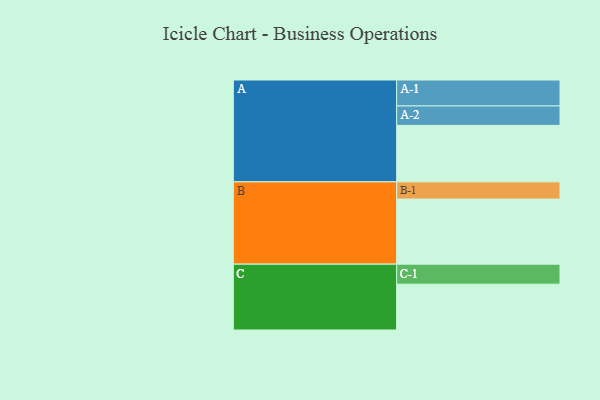
{"axis": {"x": "Segment", "y": "Value"}, "legend": ["", "A", "B", "C"], "data": [{"x": "A", "y": 381, "type": ""}, {"x": "B", "y": 439, "type": ""}, {"x": "C", "y": 309, "type": ""}, {"x": "A-1", "y": 175, "type": "A"}, {"x": "A-2", "y": 131, "type": "A"}, {"x": "B-1", "y": 116, "type": "B"}, {"x": "C-1", "y": 135, "type": "C"}]}